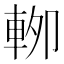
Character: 𰹏